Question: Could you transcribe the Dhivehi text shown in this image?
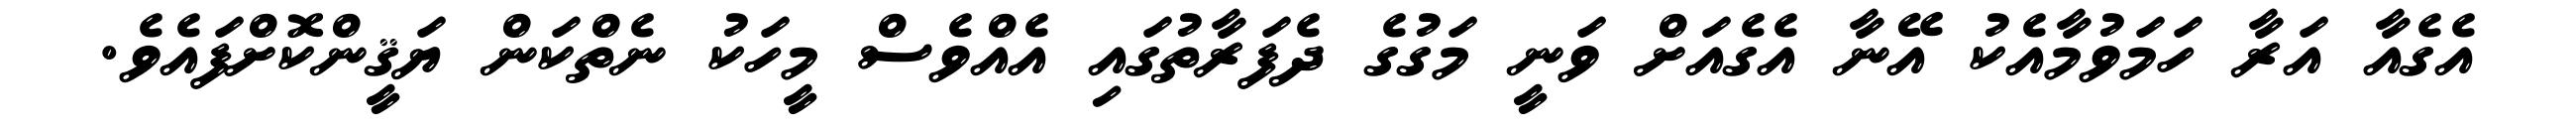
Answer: އެގެއާ އަރާ ހަމަވުމާއެކު އޭނާ އެގެއަށް ވަނީ މަގުގެ ދެފަރާތުގައި އެއްވެސް މީހަކު ނެތްކަން ޔަޤީންކޮށްފައެވެ.